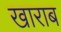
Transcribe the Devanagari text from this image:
खाराब